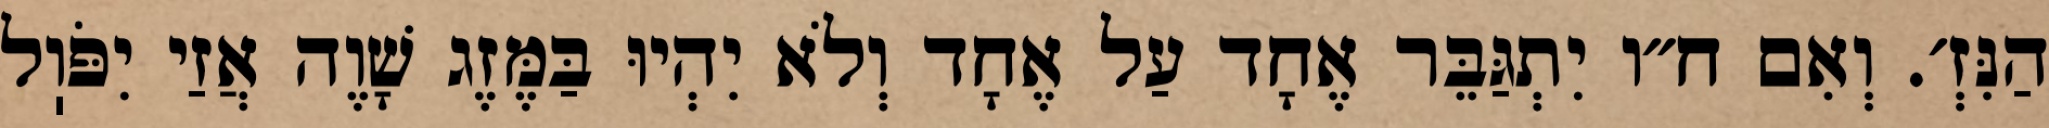
הַנִּזְ׳. וְאִם ח״ו יִתְגַּבֵּר אֶחָד עַל אֶחָד וְלֹא יִהְיוּ בַּמֶּזֶג שָׁוֶה אֲזַי יִפֹּוֽל